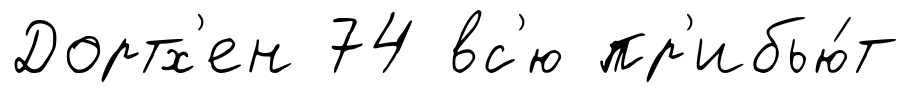
Дортх'ен 74 вс'ю пр'ибью́т